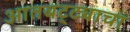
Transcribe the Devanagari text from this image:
आतबट्ट्याचा